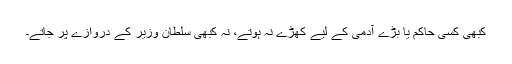
کبھی کسی حاکم یا بڑے آدمی کے لیے کھڑے نہ ہوتے، نہ کبھی سلطان وزیر کے دروازے پر جاتے۔